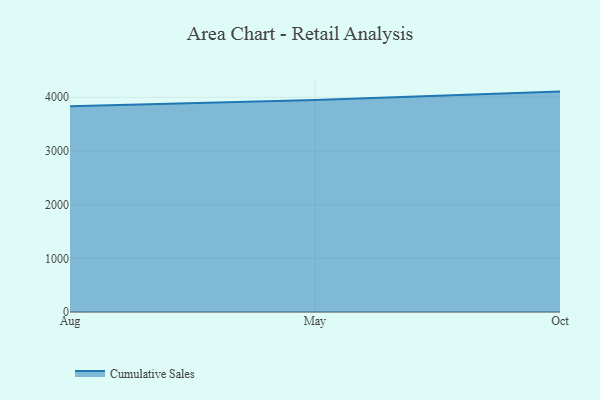
{"axis": {"x": "Month", "y": "Energy Usage (MWh)"}, "legend": ["Cumulative Sales"], "data": [{"x": "Aug", "y": 3834.6, "type": "Cumulative Sales"}, {"x": "May", "y": 3950.4, "type": "Cumulative Sales"}, {"x": "Oct", "y": 4106.0, "type": "Cumulative Sales"}]}